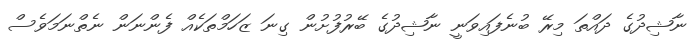
ނާޝިދުގެ ދައްތަ މިރޭ ބުނެފައިވަނީ ނާޝިދުގެ ބޭރުފުށުން ގިނަ ޒަހަމްތަކެއް ފެންނަން ނެތްނަމަވެސް